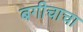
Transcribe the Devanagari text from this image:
बगीचाचा